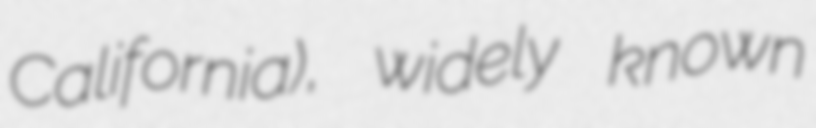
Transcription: California), widely known